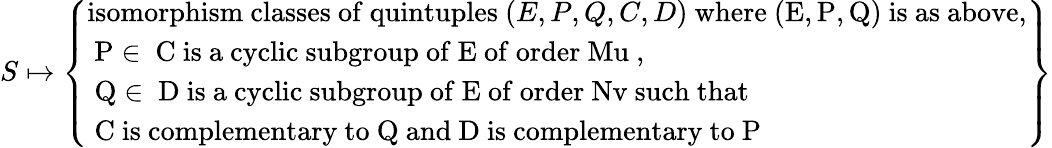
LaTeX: S\mapsto\left\{ \begin{array}{ll}{\mathrm{isomorphism~classes~of~quintuples~}(E,P,Q,C,D)\mathrm{~where~(E,P,Q)~is~as~above,}}\\ {\mathrm{~P\in~C~is~a~cyclic~subgroup~of~E~of~order~Mu~,}}\\ {\mathrm{~Q\in~D~is~a~cyclic~subgroup~of~E~of~order~Nv~such~that}}\\ {\mathrm{~C~is~complementary~to~Q~and~D~is~complementary~to~P~}}\end{array}\right\}